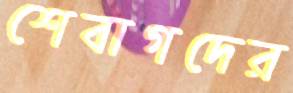
শেবাগদের